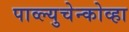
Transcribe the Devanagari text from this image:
पाव्ल्युचेन्कोव्हा